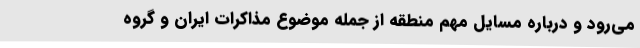
می‌رود و درباره مسایل مهم منطقه از جمله موضوع مذاکرات ایران و گروه